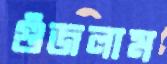
গুঁজলাম